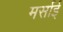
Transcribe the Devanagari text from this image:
मर्साई